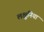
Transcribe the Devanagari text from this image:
लक्षुनिया